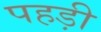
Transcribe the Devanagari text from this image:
पहड़ी